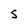
Character: s